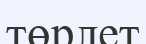
төрлет